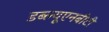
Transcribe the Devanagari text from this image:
डब्ल्यूएनबीटी